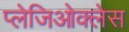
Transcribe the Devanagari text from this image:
प्लेजिओक्लेस